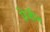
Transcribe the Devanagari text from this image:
प्रेजीन